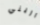
اريني